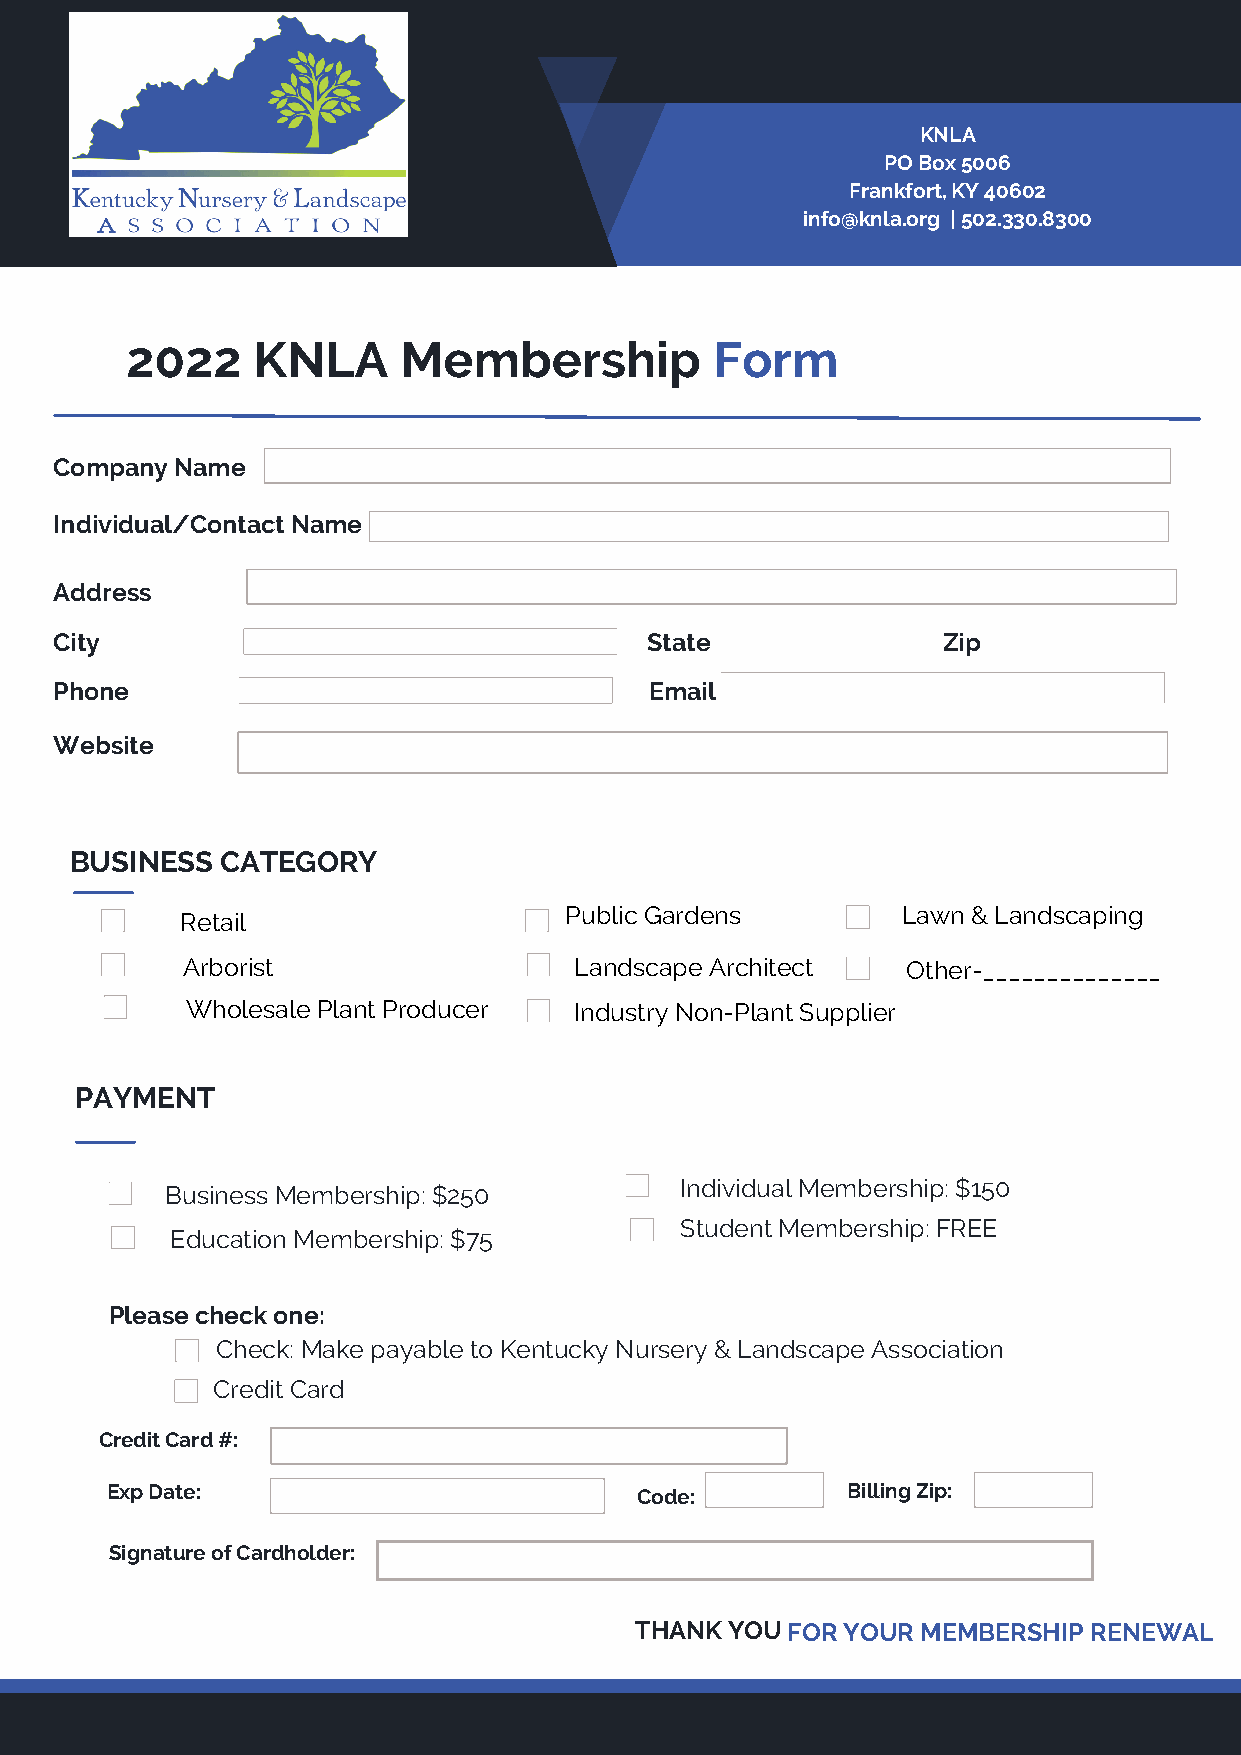
KNLA
 PO Box 5006
 Frankfort, KY 40602
 info@knla.org | 502.330.8300
 2022     KNLA     Membership           Form
 Company Name
 Individual/Contact Name
 Address
 City                                   State              Zip
 Phone                                  Email
 Website
 BUSINESS  CATEGORY
 Public Gardens         Lawn & Landscaping
 Retail
 Arborist                  Landscape Architect   Other-______________
 Wholesale Plant Producer  Industry Non-Plant Supplier
 PAYMENT
 Individual Membership: $150
 Business Membership: $250
 Student Membership: FREE
 Education Membership: $75
 Please check one:
 Check: Make payable to Kentucky Nursery & Landscape Association
 Credit Card
 Credit Card #:
 Exp Date:                          Code:         Billing Zip:
 Signature of Cardholder:
 THANK YOUFOR  YOUR MEMBERSHIP RENEWAL